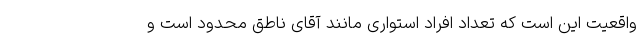
واقعیت این است که تعداد افراد استواری مانند آقای ناطق محدود است و